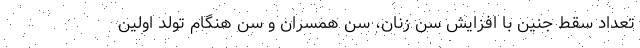
تعداد سقط جنین با افزایش سن زنان، سن همسران و سن هنگام تولد اولین